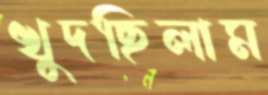
খুদছিলাম